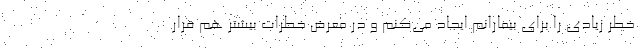
خطر زیادی را برای بیمارانم ایجاد می‌کنم و در معرض خطرات بیشتر هم قرار